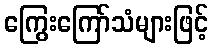
ကြွေးကြော်သံများဖြင့်